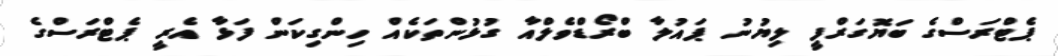
ޕެޓްރަސްގެ ބަޔޮގަރްފީ ލިޔުނު ޕައުލާ ބްރޯޑްވެލްއާ ގުޅުންތަކެއް ހިންގިކަން ފަޅާ އެރީ ޕެޓްރަސްގެ